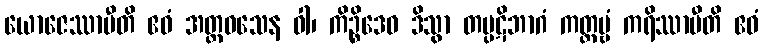
ယောဇေဿာမီတိ ဧဝံ အတ္ထဝသေန ဝါ၊ ကိဉ္စိဒေဝ ဒိသွာ တပ္ပဋိဘာဂံ ကတ္တဗ္ဗံ ကရိဿာမီတိ ဧဝံ